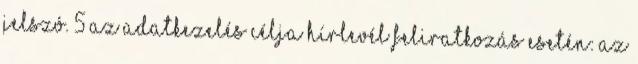
jelszó. 5 Az adatkezelés célja hírlevél feliratkozás esetén: az